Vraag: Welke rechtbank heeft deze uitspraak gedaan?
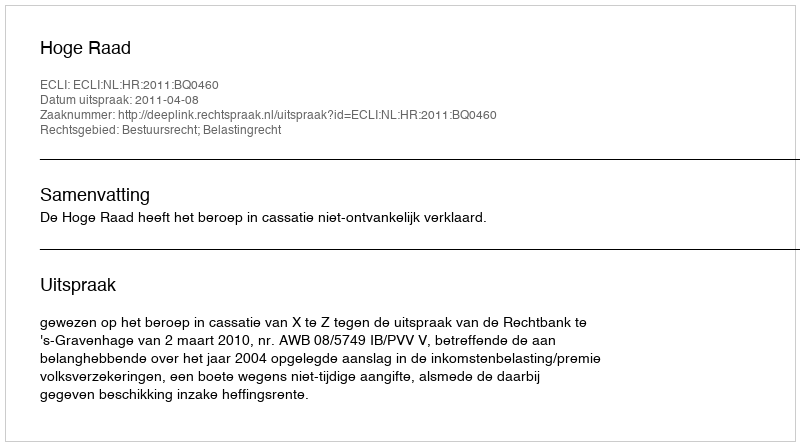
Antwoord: Hoge Raad